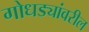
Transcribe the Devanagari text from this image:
गोधड्यांवरील